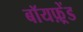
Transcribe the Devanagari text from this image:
बॉयफ़्रेंड